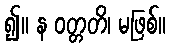
၍။ န ဝတ္တတိ၊ မဖြစ်။